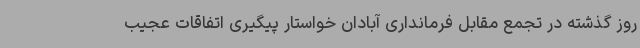
روز گذشته در تجمع مقابل فرمانداری آبادان خواستار پیگیری اتفاقات عجیب